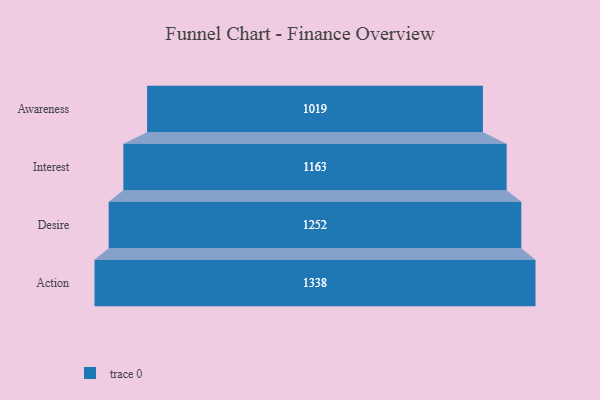
{"axis": {"x": "Stage", "y": "Value"}, "legend": [""], "data": [{"x": "Awareness", "y": 1019.0, "type": ""}, {"x": "Interest", "y": 1163.0, "type": ""}, {"x": "Desire", "y": 1252.0, "type": ""}, {"x": "Action", "y": 1338.0, "type": ""}]}